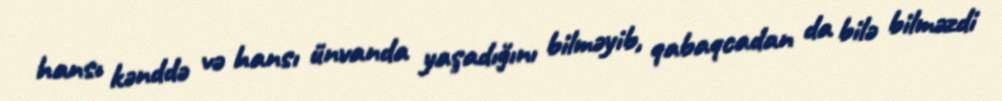
hansı kənddə və hansı ünvanda yaşadığını bilməyib, qabaqcadan da bilə bilməzdi